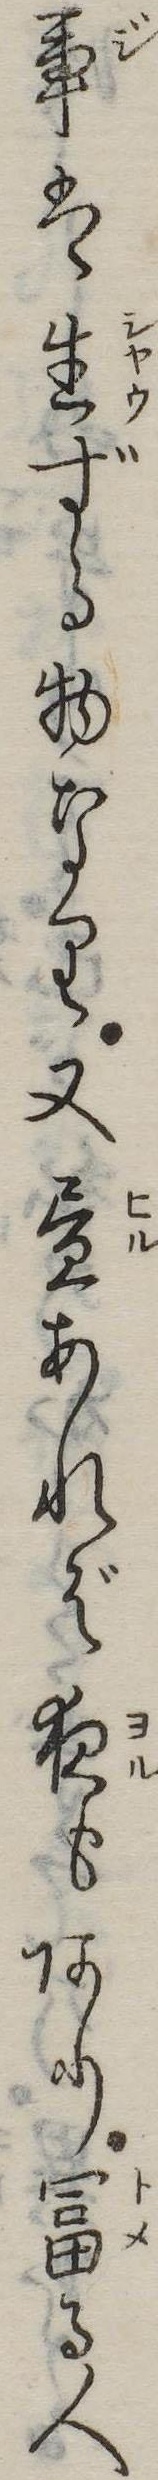
事は生ずる物なり又昼あれば夜もあり富る人